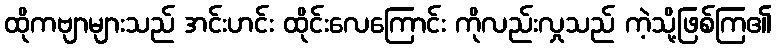
ထိုကဗျာများသည် အင်းဟင်း ထိုင်းလေကြောင်း ကိုလည်းလှုသည် ကဲ့သို့ဖြစ်ကြ၏